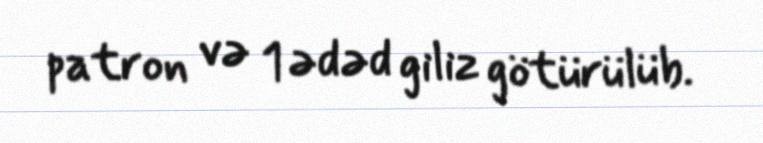
patron və 1 ədəd giliz götürülüb.